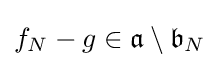
f_{N}-g\in {\mathfrak {a}}\setminus {\mathfrak {b}}_{N}